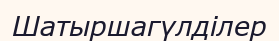
Шатыршагүлділер